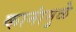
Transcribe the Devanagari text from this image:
कानांमुळे